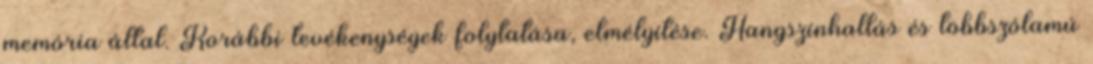
memória által. Korábbi tevékenységek folytatása, elmélyítése. Hangszínhallás és többszólamú